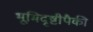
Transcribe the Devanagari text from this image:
भूमिदृष्टीपैकी